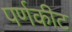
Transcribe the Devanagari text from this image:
पर्णकीट